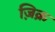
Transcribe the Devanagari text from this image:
ज़िक्र